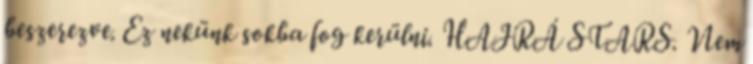
beszerezve. Ez nekünk sokba fog kerülni. HAJRÁ STARS. Nem